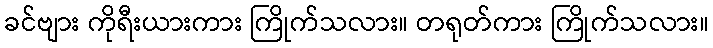
ခင်ဗျား ကိုရီးယားကား ကြိုက်သလား။ တရုတ်ကား ကြိုက်သလား။